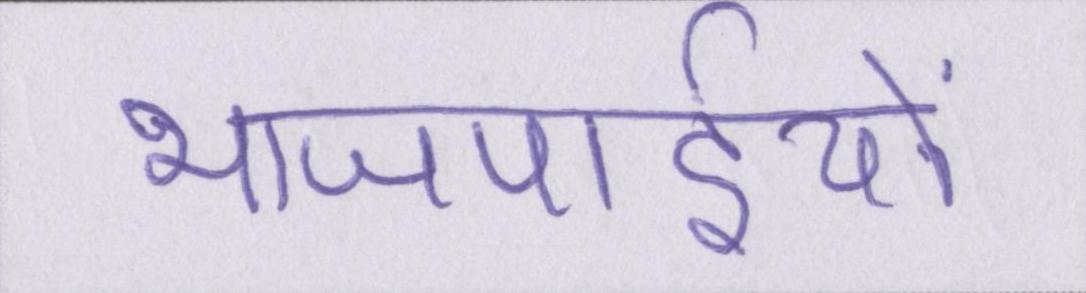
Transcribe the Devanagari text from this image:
भाजपाईयों